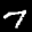
Label: 7